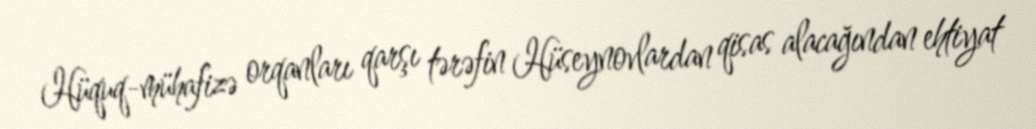
Hüquq-mühafizə orqanları qarşı tərəfin Hüseynovlardan qisas alacağından ehtiyat